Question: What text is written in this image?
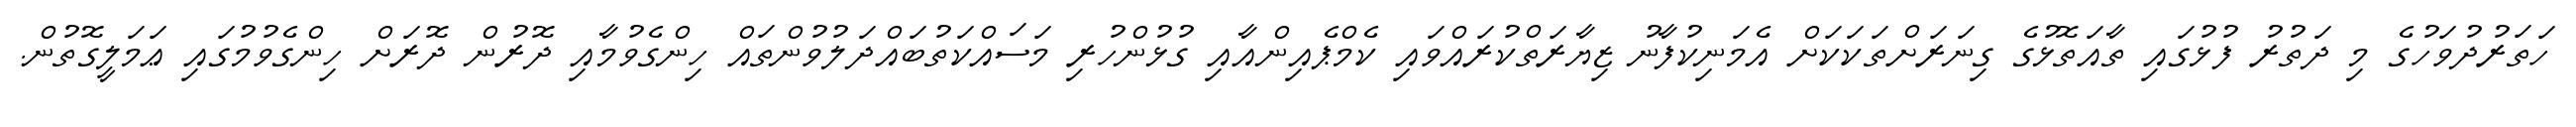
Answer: ހަތަރުދުވަހުގެ މި ދަތުރު ފުޅުގައި ތާއަތޮޅުގެ ގިނަރަށްތަކަކަށް އެމަނިކުފާނު ޒިޔާރަތްކުރައްވައި ކެމްޕެއިންއާއި ގުޅުންހުރި މަސައްކަތުބައްދަލުވުންތައް ހިންގެވުމާއި ދޮރުން ދޮރަށް ހިންގެވުމުގައި ޢަމަލީގޮތުން.